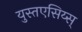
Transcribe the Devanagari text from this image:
युस्तएसिय्स्